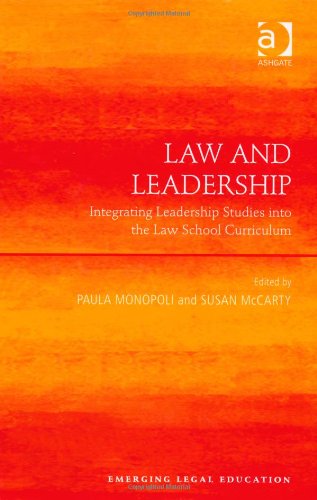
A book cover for Law and Leadership: Integrating Leadership Studies into the Law School Curriculum (Emerging Legal Education); Paula Monopoli; Law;